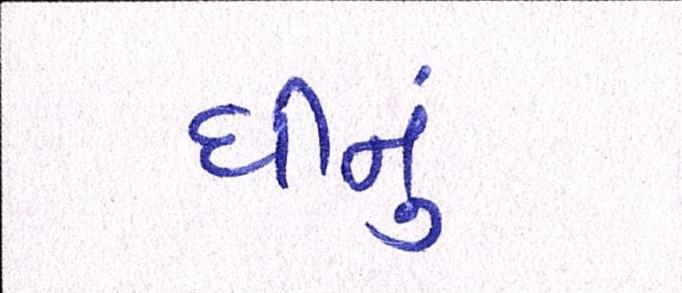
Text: ઘીનું